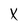
Character: X